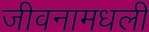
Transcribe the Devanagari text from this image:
जीवनामधली